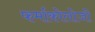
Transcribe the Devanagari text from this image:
फर्माकोलोजी